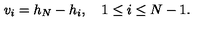
v _ { i } = h _ { N } - h _ { i } , \quad 1 \leq i \leq N - 1 .